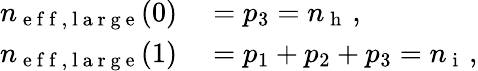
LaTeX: \begin{array}{rl}{n_{\mathrm{~e~f~f~,~l~a~r~g~e~}}(0)}&{{}=p_{3}=n_{\mathrm{~h~}}\, ,}\\ {n_{\mathrm{~e~f~f~,~l~a~r~g~e~}}(1)}&{{}=p_{1}+p_{2}+p_{3}=n_{\mathrm{~i~}}\, ,}\end{array}